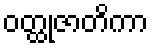
ဝတ္ထုဇာတိကာ